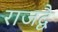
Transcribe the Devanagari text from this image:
राजद्वै